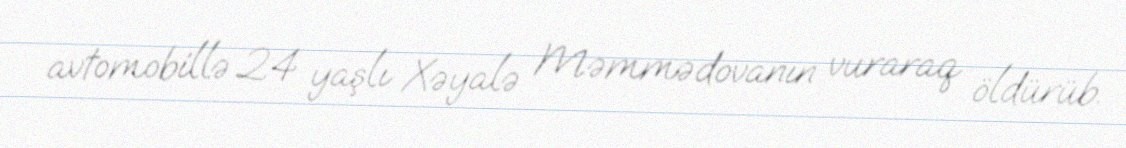
avtomobillə 24 yaşlı Xəyalə Məmmədovanın vuraraq öldürüb.